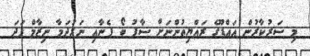
މި ސަރުކާރުން އައްޑޫގެ ރައްޔިތުންނަށް ސާފު ބޯ ފެނާއި ނަރުދަމާ ނިޒާމް ފަދަ